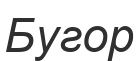
Бугор